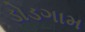
ડોડગામ